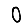
Digit: 0